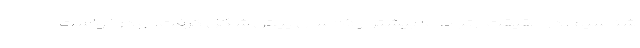
‌شناسیم. در حقیقت ارتباط ما بیشتر از ۲۵ سال پیش شکل گرفت. او درخواست